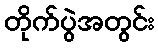
တိုက်ပွဲအတွင်း